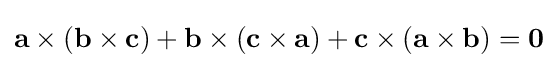
\mathbf {a} \times (\mathbf {b} \times \mathbf {c} )+\mathbf {b} \times (\mathbf {c} \times \mathbf {a} )+\mathbf {c} \times (\mathbf {a} \times \mathbf {b} )=\mathbf {0}